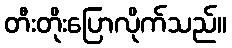
တီးတိုးပြောလိုက်သည်။